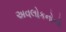
અવલોકનોનો